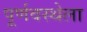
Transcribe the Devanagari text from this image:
पूर्णवस्थेला